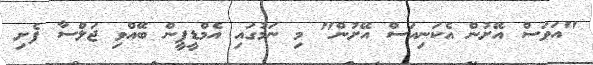
"އަވަސް އޭށުން އެކަނިއަސް އޭށުން" މި ނަމުގައި އެމްޑީޕީން ބޭއްވި ޖަލްސާ ފެށި